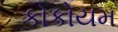
કોકોયમ